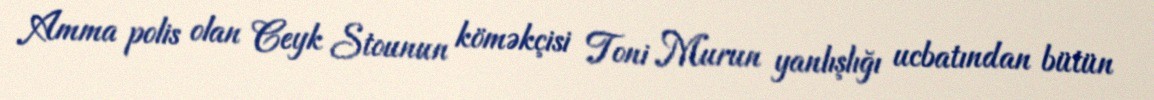
Amma polis olan Ceyk Stounun köməkçisi Toni Murun yanlışlığı ucbatından bütün